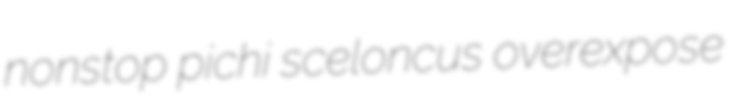
nonstop pichi sceloncus overexpose